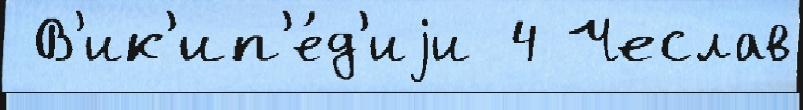
 В'ик'ип'е́д'иjи 4 Чеслав